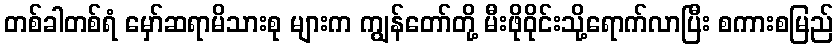
တစ်ခါတစ်ရံ မှော်ဆရာမိသားစု များက ကျွန်တော်တို့ မီးဖိုဝိုင်းသို့ရောက်လာပြီး စကားစမြည်